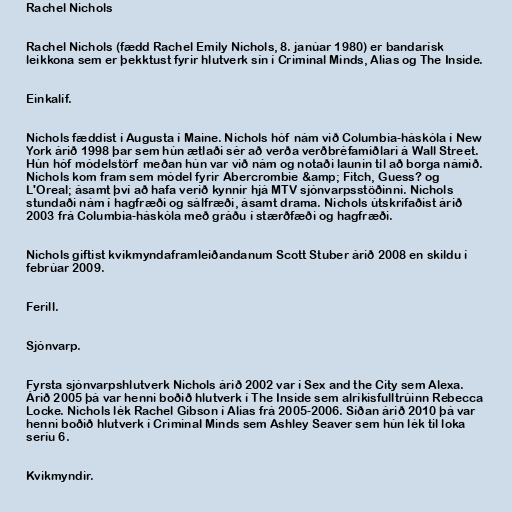
Rachel Nichols

Rachel Nichols (fædd Rachel Emily Nichols, 8. janúar 1980) er bandarísk
leikkona sem er þekktust fyrir hlutverk sín í Criminal Minds, Alias og The Inside.

Einkalíf.

Nichols fæddist í Augusta í Maine. Nichols hóf nám við Columbia-háskóla í New
York árið 1998 þar sem hún ætlaði sér að verða verðbréfamiðlari á Wall Street.
Hún hóf módelstörf meðan hún var við nám og notaði launin til að borga námið.
Nichols kom fram sem módel fyrir Abercrombie &amp; Fitch, Guess? og
L'Oreal; ásamt því að hafa verið kynnir hjá MTV sjónvarpsstöðinni. Nichols
stundaði nám í hagfræði og sálfræði, ásamt drama. Nichols útskrifaðist árið
2003 frá Columbia-háskóla með gráðu í stærðfæði og hagfræði.

Nichols giftist kvikmyndaframleiðandanum Scott Stuber árið 2008 en skildu í
febrúar 2009.

Ferill.

Sjónvarp.

Fyrsta sjónvarpshlutverk Nichols árið 2002 var í Sex and the City sem Alexa.
Árið 2005 þá var henni boðið hlutverk í The Inside sem alríkisfulltrúinn Rebecca
Locke. Nichols lék Rachel Gibson í Alias frá 2005-2006. Síðan árið 2010 þá var
henni boðið hlutverk í Criminal Minds sem Ashley Seaver sem hún lék til loka
seríu 6.

Kvikmyndir.